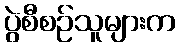
ပွဲစီစဉ်သူများက